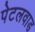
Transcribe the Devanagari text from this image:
पेटलवाड